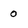
Character: 0